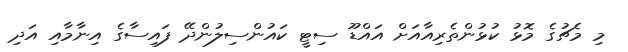
މި މެޗުގެ މޮޅު ކުޅުންތެރިއާއަށް އައްޑޫ ސިޓީ ކައުންސިލުންދޭ ފައިސާގެ އިނާމާއި އަދި